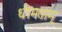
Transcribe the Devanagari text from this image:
धीमताम्